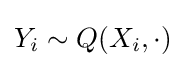
Y_{i}\sim Q(X_{i},\cdot )